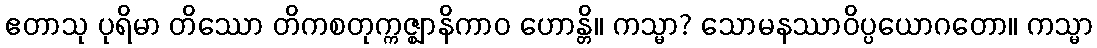
ဧတာသု ပုရိမာ တိဿော တိကစတုက္ကဇ္ဈာနိကာဝ ဟောန္တိ။ ကသ္မာ? သောမနဿာဝိပ္ပယောဂတော။ ကသ္မာ